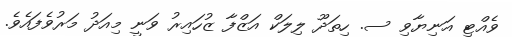
ވެއްޓި އަނިޔާވި ސ. ހިތަދޫ ލިލަކް އަޒްފާ ޒުހައިރު ވަނީ މިއަދު މަރުވެފައެވެ.